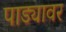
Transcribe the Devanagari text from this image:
पाड्यावर